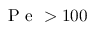
\mathrm { ~ P ~ e ~ } > 1 0 0